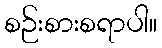
စဉ်းစားစရာပါ။